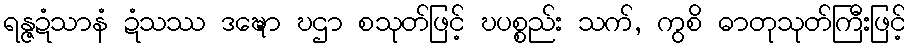
ရန္ဇဍံသာနံ ဍံသဿ ဒဍ္ဎော ဎဌာ စသုတ်ဖြင့် ဎပစ္စည်း သက်, ကွစိ ဓာတုသုတ်ကြီးဖြင့်